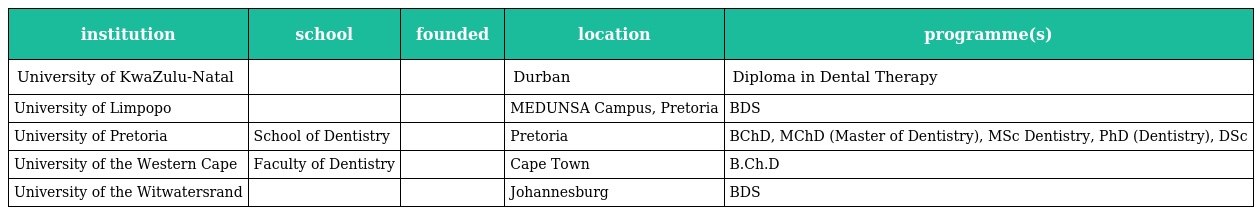
| institution | school | founded | location | programme(s) |
 | --- | --- | --- | --- | --- |
 | University of KwaZulu-Natal |  |  | Durban | Diploma in Dental Therapy |
 | University of Limpopo |  |  | MEDUNSA Campus, Pretoria | BDS |
 | University of Pretoria | School of Dentistry |  | Pretoria | BChD, MChD (Master of Dentistry), MSc Dentistry, PhD (Dentistry), DSc |
 | University of the Western Cape | Faculty of Dentistry |  | Cape Town | B.Ch.D |
 | University of the Witwatersrand |  |  | Johannesburg | BDS |